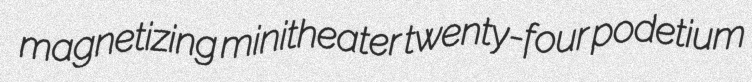
magnetizing minitheater twenty-four podetium